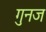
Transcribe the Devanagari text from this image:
गुनज